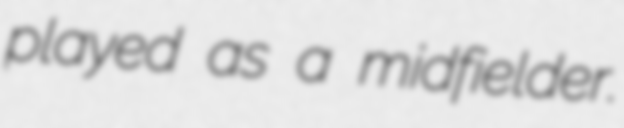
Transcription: played as a midfielder.